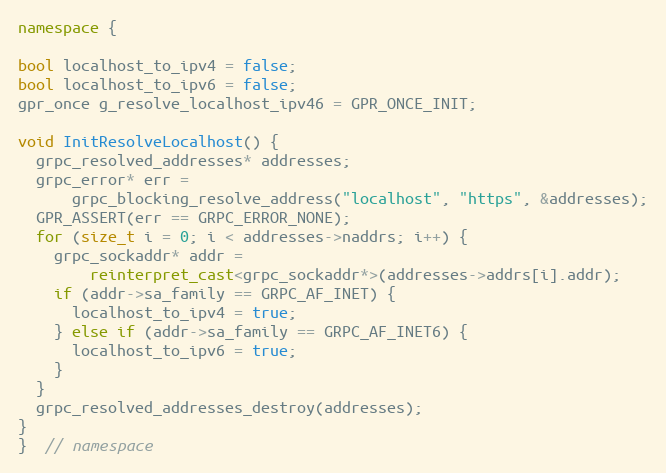
Language: C++
namespace {

bool localhost_to_ipv4 = false;
bool localhost_to_ipv6 = false;
gpr_once g_resolve_localhost_ipv46 = GPR_ONCE_INIT;

void InitResolveLocalhost() {
  grpc_resolved_addresses* addresses;
  grpc_error* err =
      grpc_blocking_resolve_address("localhost", "https", &addresses);
  GPR_ASSERT(err == GRPC_ERROR_NONE);
  for (size_t i = 0; i < addresses->naddrs; i++) {
    grpc_sockaddr* addr =
        reinterpret_cast<grpc_sockaddr*>(addresses->addrs[i].addr);
    if (addr->sa_family == GRPC_AF_INET) {
      localhost_to_ipv4 = true;
    } else if (addr->sa_family == GRPC_AF_INET6) {
      localhost_to_ipv6 = true;
    }
  }
  grpc_resolved_addresses_destroy(addresses);
}
}  // namespace